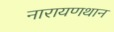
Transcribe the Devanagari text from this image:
नारायणथान